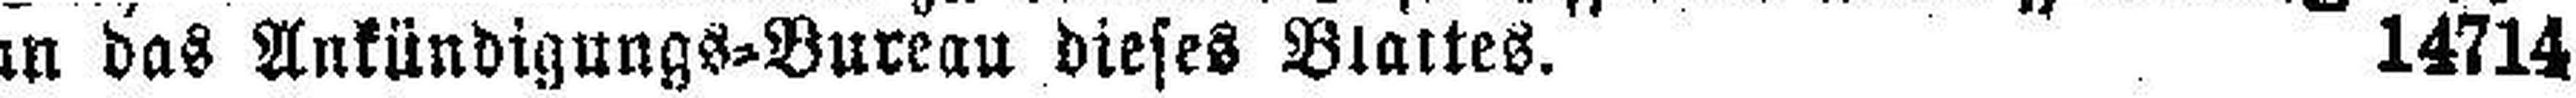
an das Ankündigungs=Bureau dieses Blattes. 14714